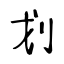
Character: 划